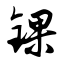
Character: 锞